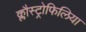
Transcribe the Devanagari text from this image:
क्लौस्ट्रोफिलिया